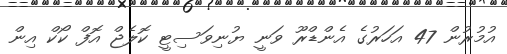
އުމުރުން 47 އަހަރުގެ އެންޑްރޫ ވަނީ ޔުނިވަސިޓީ ކޮލެޖް އޮފް ކޯކް އިން